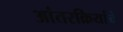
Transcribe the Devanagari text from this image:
आंतरक्रियांचे